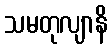
သမတုလျာနိ